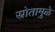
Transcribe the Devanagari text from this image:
स्रोतामुळे